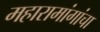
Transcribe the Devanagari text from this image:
महारामांगांचा